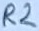
Text: R2